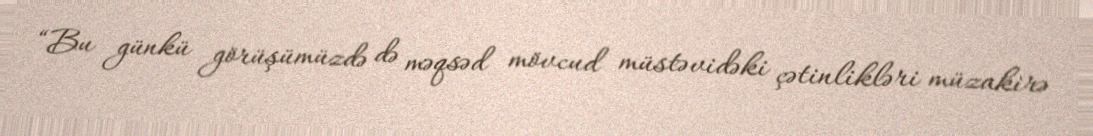
“Bu günkü görüşümüzdə də məqsəd mövcud müstəvidəki çətinlikləri müzakirə